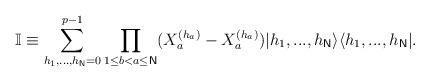
LaTeX: \begin{align*}\mathbb{I}\equiv \sum_{h_{1},...,h_{\mathsf{N}}=0}^{p-1}\prod_{1\leq b<a\leq \mathsf{N}}(X_{a}^{(h_{a})}-X_{a}^{(h_{a})})|h_{1},...,h_{\mathsf{N}}\rangle\langle h_{1},...,h_{\mathsf{N}}|. \end{align*}